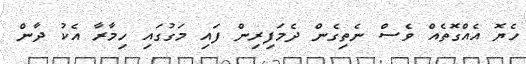
ހެޔޮ އެއްގޮތެއް ވެސް ނެތިގެން ދެމަފިރިން ފައި މަގުގައި ހިމާރާ އެކު ދާން